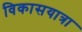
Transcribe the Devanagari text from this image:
विकासयात्रा